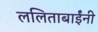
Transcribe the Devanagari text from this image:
ललिताबाईंनी